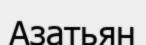
Азатьян